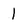
Character: l